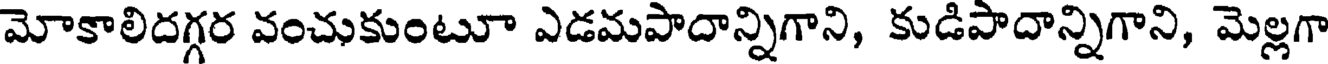
మోకాలిదగ్గర వంచుకుంటూ ఎడమపాదాన్నిగాని, కుడిపాదాన్నిగాని, మెల్లగా